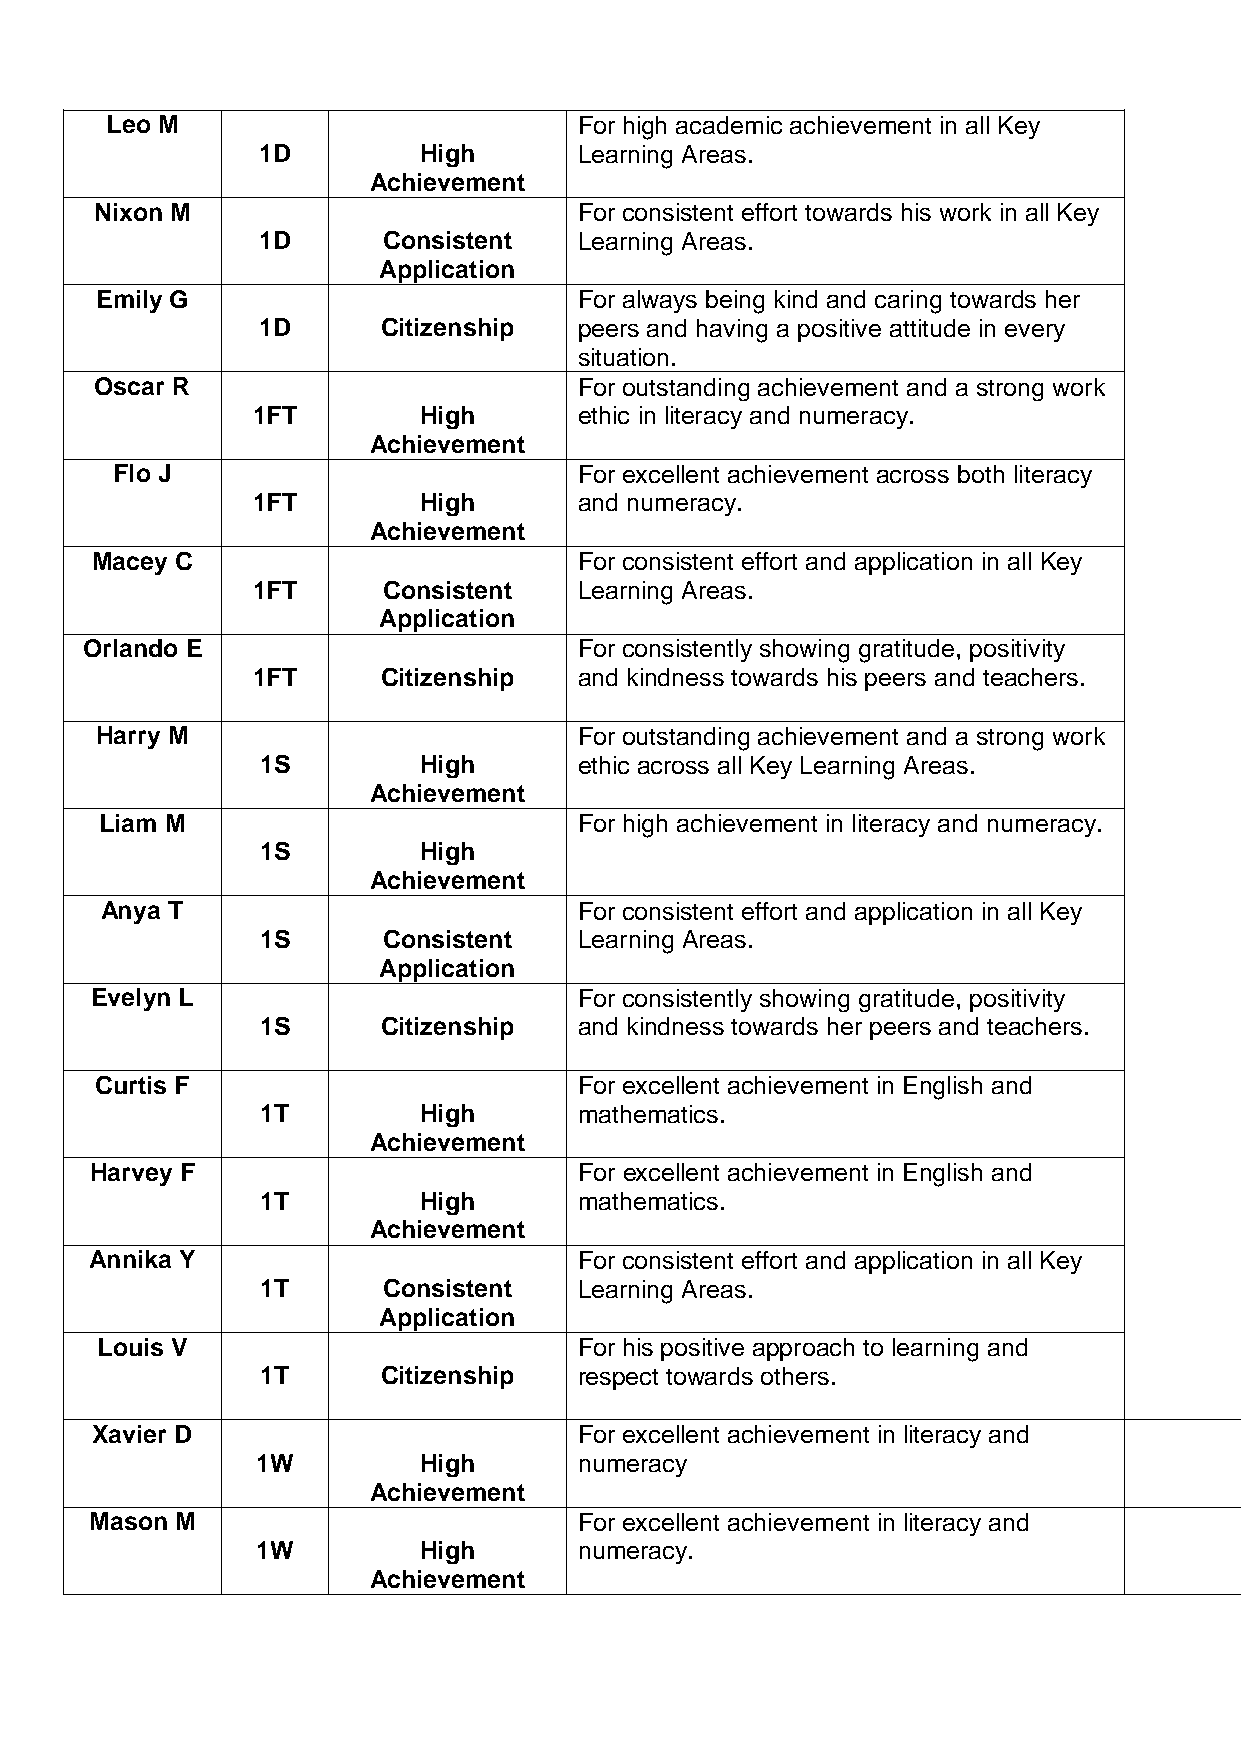
Leo M                          For high academic achievement in all Key
 1D         High      Learning Areas.
 Achievement
 Nixon M                         For consistent effort towards his work in all Key
 1D      Consistent   Learning Areas.
 Application
 Emily G                         For always being kind and caring towards her
 1D      Citizenship  peers and having a positive attitude in every
 situation.
 Oscar R                         For outstanding achievement and a strong work
 1FT        High      ethic in literacy and numeracy.
 Achievement
 Flo J                          For excellent achievement across both literacy
 1FT        High      and numeracy.
 Achievement
 Macey C                         For consistent effort and application in all Key
 1FT     Consistent   Learning Areas.
 Application
 Orlando E                        For consistently showing gratitude, positivity
 1FT     Citizenship  and kindness towards his peers and teachers.
 Harry M                         For outstanding achievement and a strong work
 1S         High      ethic across all Key Learning Areas.
 Achievement
 Liam M                         For high achievement in literacy and numeracy.
 1S         High
 Achievement
 Anya T                         For consistent effort and application in all Key
 1S      Consistent   Learning Areas.
 Application
 Evelyn L                        For consistently showing gratitude, positivity
 1S      Citizenship  and kindness towards her peers and teachers.
 Curtis F                        For excellent achievement in English and
 1T         High      mathematics.
 Achievement
 Harvey F                        For excellent achievement in English and
 1T         High      mathematics.
 Achievement
 Annika Y                        For consistent effort and application in all Key
 1T      Consistent   Learning Areas.
 Application
 Louis V                         For his positive approach to learning and
 1T      Citizenship  respect towards others.
 Xavier D                        For excellent achievement in literacy and
 1W         High      numeracy
 Achievement
 Mason M                         For excellent achievement in literacy and
 1W         High      numeracy.
 Achievement